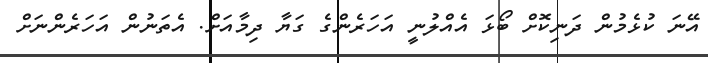
އޭނަ ކުޅެމުން ދަނިކޮށް ބޯޅަ އެއްލުނީ އަހަރެންގެ ގަޔާ ދިމާއަށް. އެތަނުން އަހަރެންނަށް